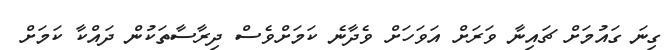
ގިނަ ގައުމަށް ޗައިނާ ވަރަށް އަވަހަށް ވެދާނެ ކަމަށްވެސް ދިރާސާތަކުން ދައްކާ ކަމަށް